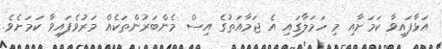
އަޅާފައިވާ ކަމަށާއި މި ހަމަލާގައި އެ ޖަމާއަތުގެ އިސް މެންބަރުންތަކެއް މަރުވެފައިވާ ކަމަށެވެ.